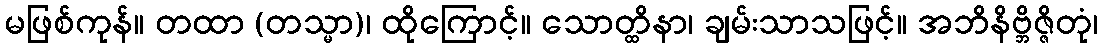
မဖြစ်ကုန်။ တထာ (တသ္မာ)၊ ထိုကြောင့်။ သောတ္ထိနာ၊ ချမ်းသာသဖြင့်။ အဘိနိဗ္ဘိဇ္ဇိတုံ၊